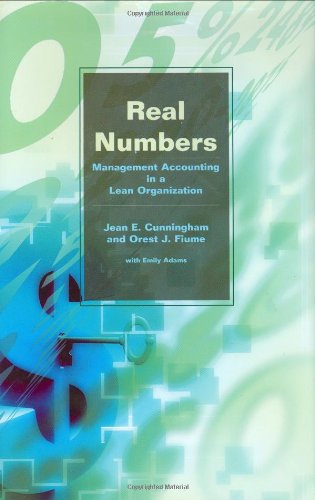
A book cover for Real Numbers: Management Accounting in a Lean Organization; Jean E. Cunningham; Business & Money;